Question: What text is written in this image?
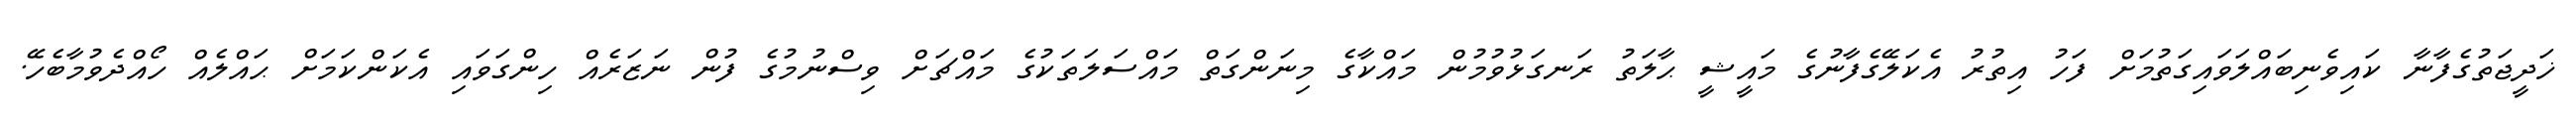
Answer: ޚަދީޖަތުގެފާނާ ކައިވެނިބައްލަވައިގަތުމަށް ފަހު އިތުރު އެކަލޭގެފާނުގެ މައީޝީ ޙާލަތު ރަނގަޅުވުމުން މައްކާގެ މިނަންގަތް މައްސަލަތަކުގެ މައްޗަށް ވިސްނުމުގެ ފުން ނަޒަރެއް ހިންގަވައި އެކަންކަމަށް ޙައްލެއް ހޯއްދެވުމާބެހޭ.